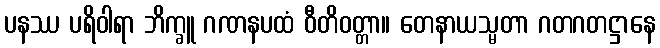
ပနဿ ပရိဝါရာ ဘိက္ခူ ဂဏနပထံ ဝီတိဝတ္တာ။ တေနာယသ္မတာ ဂတဂတဋ္ဌာနေ